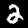
Digit: 2